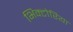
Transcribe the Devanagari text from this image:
भिक्टोरिया